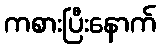
ကစားပြီးနောက်